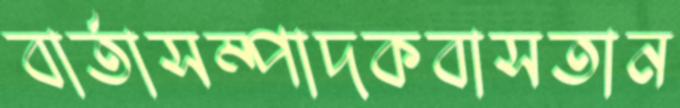
বার্তাসম্পাদকবাসতান